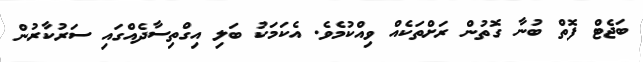
ބަޖެޓް ފޮތް ބުނާ ގޮތުންް ރަށްތަކެއް ވިއްކުމެވެ. އެކަމަކު ބަލި އިގްތިސާދެއްގައި ސަރުކާރުން